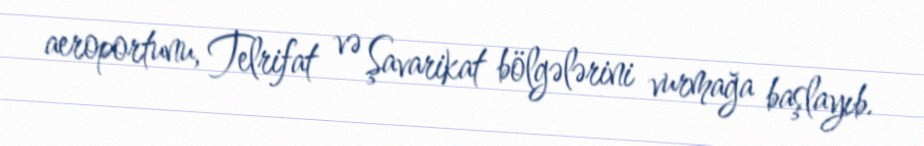
aeroportunu, Telrifat və Şavarikat bölgələrini vurmağa başlayıb.